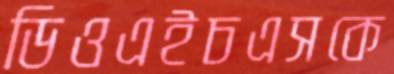
ডিওএইচএসকে